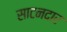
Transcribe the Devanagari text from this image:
साटनदार